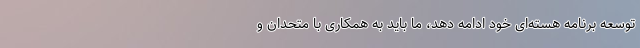
توسعه برنامه هسته‌ای خود ادامه دهد، ما باید به همکاری با متحدان و